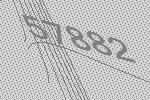
57882